Report of the Municipal Commissioner on the plague in Bombay for the year ending 31st May... - Volume 2
Disease focus: Plague
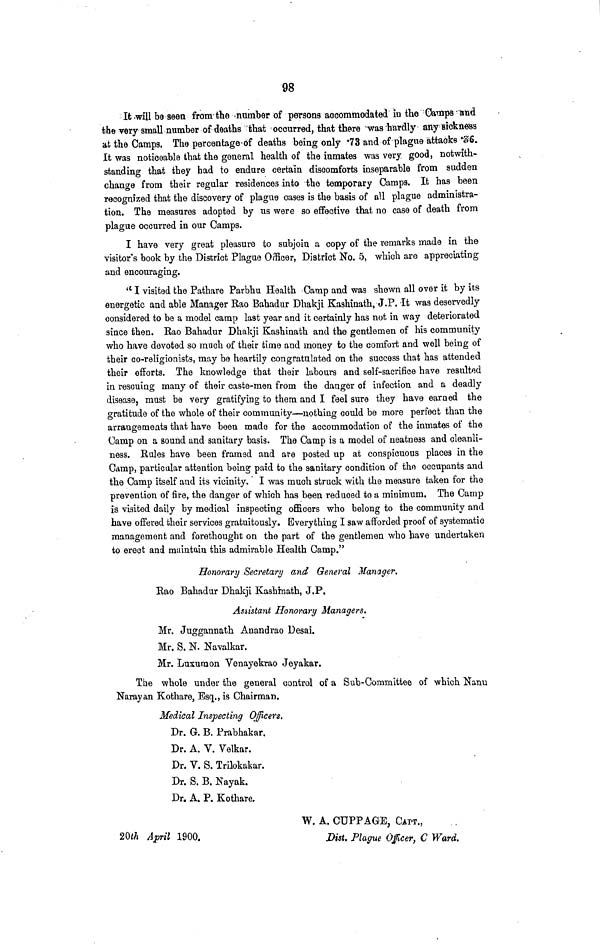
98
It will be seen from the number of persons accommodated ID the Camps and
the very small number of deaths that occurred, that there was hardly any sickness
at the Camps. The percentage of deaths being only *73 and of plague attacks *S : 6.
It was noticeable that the general health of the inmates was very good, notwith-
standing that they had to endure certain discomforts inseparable from sudden
change from their regular residences into the temporary Camps. It has been
recognized that the discovery of plague cases is the basis of all plague administra-
tion. The measures adopted by us were so effective that no case of death from
plague occurred in our Camps.
I have very great pleasure to subjoin a copy of the remarks made in the
visitor's book by the District Plague Officer, District No. 5, which are appreciating
and encouraging.
<c I visited the Pathare Parbhu Health Camp and was shewn all over it by its
energetic and able Manager Bao Bahadur Dhakji Kashinath, J.P. It was deservedly
considered to be a model camp last year and it certainly has not in way deteriorated
since then. Bao Bahadur Dhakji Kashinath and the gentlemen of his community
who have devoted so much of their time and money to the comfort and well being of
their co-religionists, may be heartily congratulated on the success lhat has attended
their efforts. The knowledge that their labours and self-sacrifice have resulted
in rescuing many of their caste-men from the danger of infection and a deadly
disease, must be very gratifying to them and I feel sure they have earned the
gratitude of the whole of their community—nothing could be more perfect than the
arrangements that have been made for the accommodation of the inmates of the
Camp on a sound and sanitary basis. The Camp is a model of neatness and cleanli-
ness. Rules have been framed and are posted up at conspicuous places in the
Camp, particular attention being paid to the sanitary condition of the occupants and
the Camp itself and its vicinity. I was much struck with the measure taken for the
prevention of fire, the danger of which has been reduced to a minimum. The Camp
is visited daily by medical inspecting officers who belong to the community and
have offered their services gratuitously. Everything I saw afforded proof of systematic
management and forethought on the part of the gentlemen who have undertaken
to erect and maintain this admirable Health Camp."
Honorary Secretary and General Manager.
Bao Bahadur Dhakji Kashhiath, J.P.
Assistant Honorary Managers.
Mr. Juggannath Anandrao Desai.
Mr. S. N. Navalkar.
Mr. Luxuraon Yenayekrao Jeyakar.
The whole under the general control of a Sub-Committee of which Nanu
Narayan Kothare, Esq., is Chairman.
Medical Inspecting Officers.
Dr. G. B. Prabhakar.
Dr. A. V. Velkar.
Dr. V. S. Trilokakar.
Dr. S. B. Nayak.
Dr. A. P. Kothare.
W, A. CÜPPAGE, CATT.,
20ίλ April 1900.
Dist. Plague 0/cer, € Ward.